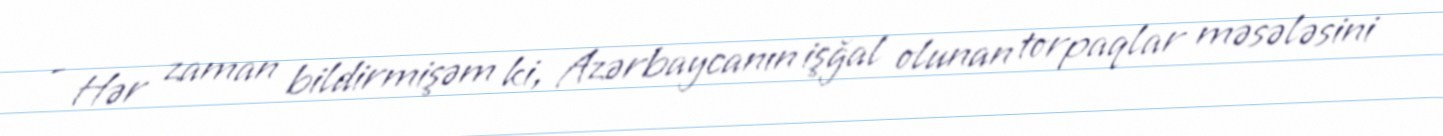
- Hər zaman bildirmişəm ki, Azərbaycanın işğal olunan torpaqlar məsələsini